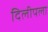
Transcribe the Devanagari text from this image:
दिलीपला